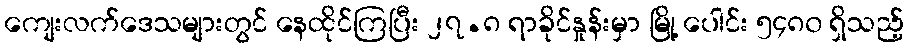
ကျေးလက်ဒေသများတွင် နေထိုင်ကြပြီး ၂၇.၈ ရာခိုင်နှုန်းမှာ မြို့ ပေါင်း ၅၄၈၀ ရှိသည့်